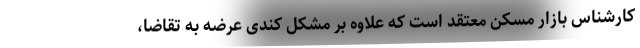
کارشناس بازار مسکن معتقد است که علاوه بر مشکل کندی عرضه به تقاضا،